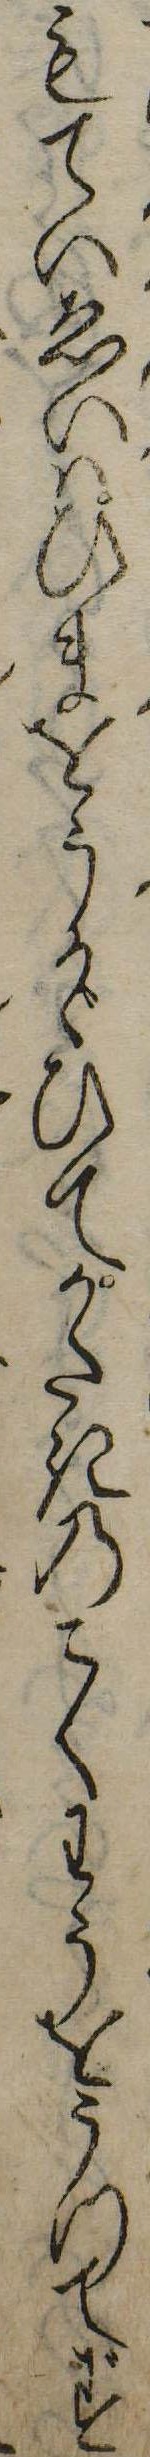
もていゑいはひまをうかゞひてかたきのこくわうをうつてず